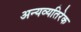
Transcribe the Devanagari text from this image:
अन्यव्यतिरेक